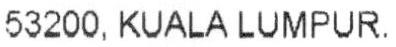
53200, KUALA LUMPUR